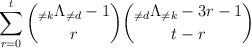
LaTeX: \begin{align*} \sum_{r=0}^t \binom{ {_{\neq k}}\Lambda_{\neq d} - 1 }{ r } \binom{ {_{\neq d}}\Lambda_{\neq k} - 3 r - 1 }{ t - r }\end{align*}